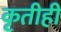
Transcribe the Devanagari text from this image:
कृतीही